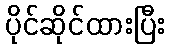
ပိုင်ဆိုင်ထားပြီး